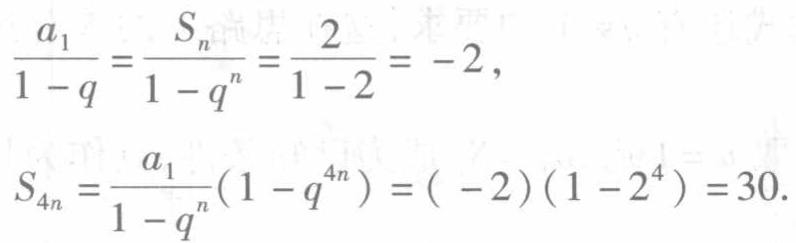
\[\frac{a_{1}}{1 - q}=\frac{S_{n}}{1 - q^{n}}=\frac{2}{1 - 2}=-2,\]
\[S_{4n}=\frac{a_{1}}{1 - q^{n}}(1 - q^{4n})=(-2)(1 - 2^{4}) = 30.\]